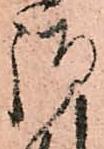
御